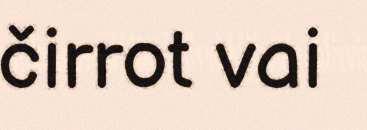
čirrot vai